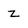
Character: z